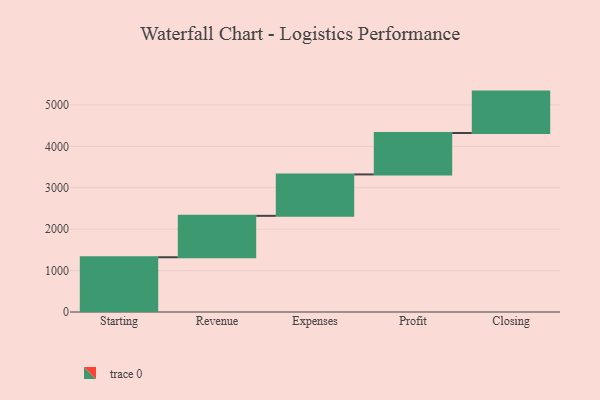
{"axis": {"x": "Step", "y": "Value"}, "legend": [""], "data": [{"x": "Starting", "y": 1322.0, "type": ""}, {"x": "Revenue", "y": 1000, "type": ""}, {"x": "Expenses", "y": 1000, "type": ""}, {"x": "Profit", "y": 1000, "type": ""}, {"x": "Closing", "y": 1000, "type": ""}]}